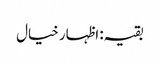
بقیہ: اظہار خیال